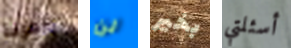
ضعيفة لن بخير أسئلتي